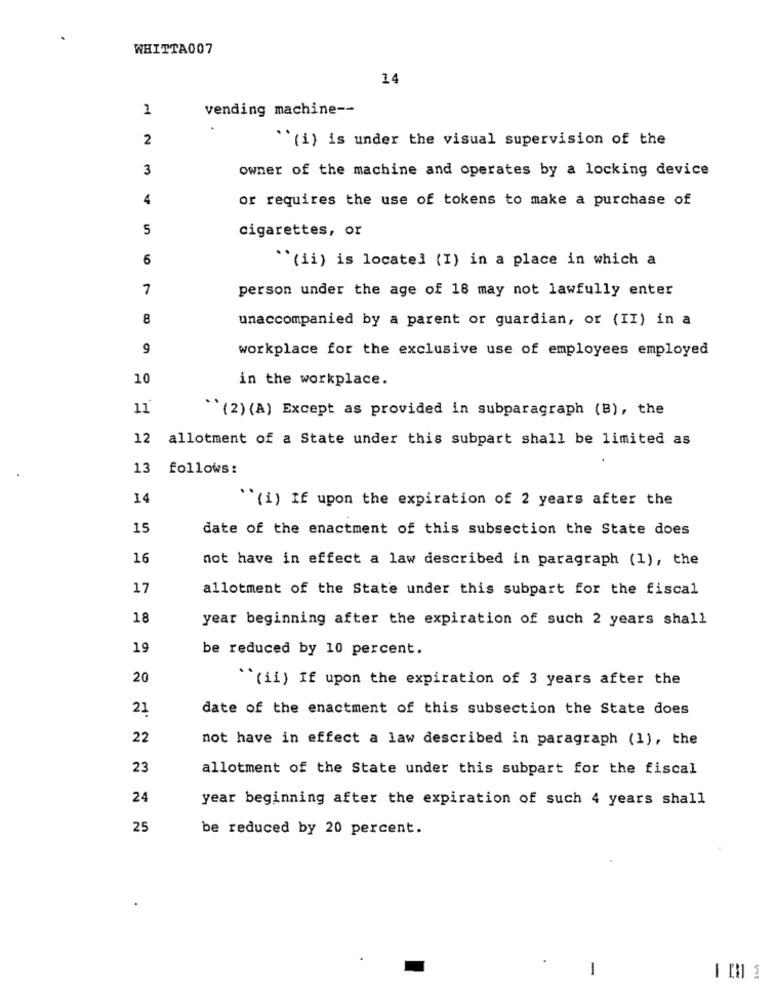
WHITTA007
14
2
vending machine --
2
" (i) is under the visual supervision of the
3
owner of the machine and operates by a locking device
4
or requires the use of tokens to make a purchase of
5
cigarettes, or
6
"(ii) is located (I) in a place in which a
7
person under the age of 18 may not lawfully enter
8
unaccompanied by a parent or guardian, or (II) in a
9
workplace for the exclusive use of employees employed
10
in the workplace.
11
"(2) (A) Except as provided in subparagraph (B), the
12
allotment of a State under this subpart shall be limited as
13
follows:
14
``(i) If upon the expiration of 2 years after the
15
date of the enactment of this subsection the State does
16
not have in effect a law described in paragraph (1), the
17
allotment of the State under this subpart for the fiscal
18
year beginning after the expiration of such 2 years shall
19
be reduced by 10 percent.
20
``(ii) If upon the expiration of 3 years after the
21
date of the enactment of this subsection the State does
22
not have in effect a law described in paragraph (1), the
23
allotment of the State under this subpart for the fiscal
24
year beginning after the expiration of such 4 years shall
25
be reduced by 20 percent.
-